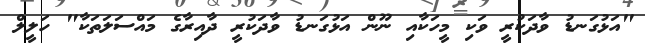
"އަޅުގަނޑު ވާދަކުރީ ވަކި މީހަކާއި ނޫން އަޅުގަނޑު ވާދަކުރީ ދާއިރާގެ މައްސަލަތަކާ" ހަލީލް